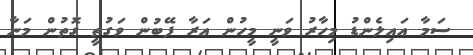
ސަމާ އައިލެންޑު މިހާރު ވަނީ މީހުން އަރާ ފޭބުން ވަގުތީ ގޮތުން މަނާ